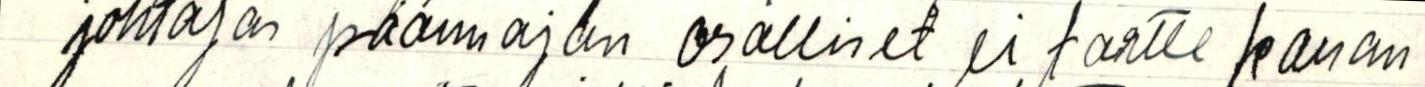
johtajan päämajan osalliset ei tartte kauan